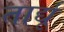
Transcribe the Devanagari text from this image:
तार्द्यू